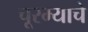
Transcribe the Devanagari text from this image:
चूरम्याचे